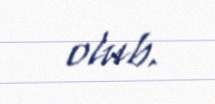
olub.